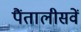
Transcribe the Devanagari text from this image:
पैंतालीसवें